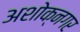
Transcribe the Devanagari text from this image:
अशोक्नगर